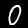
Digit: 0